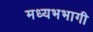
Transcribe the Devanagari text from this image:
मध्यभभागी